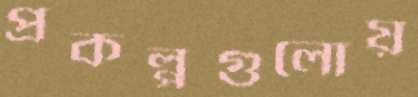
প্রকল্পগুলোয়